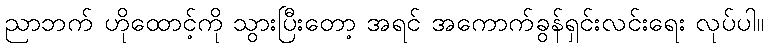
ညာဘက် ဟိုထောင့်ကို သွားပြီးတော့ အရင် အကောက်ခွန်ရှင်းလင်းရေး လုပ်ပါ။